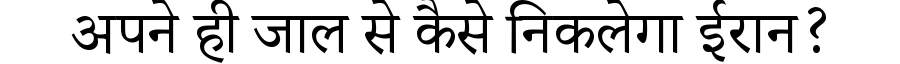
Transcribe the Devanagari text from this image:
अपने ही जाल से कैसे निकलेगा ईरान?